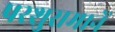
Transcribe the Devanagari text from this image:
परशुरामानें